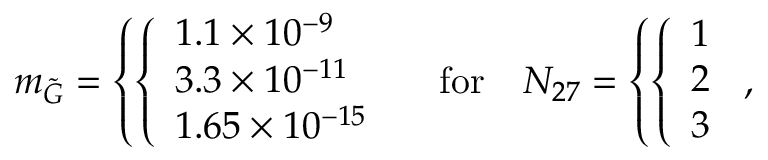
m _ { \tilde { G } } = \left\{ \left\{ \begin{array} { l l } { { 1 . 1 \times 1 0 ^ { - 9 } } } \\ { { 3 . 3 \times 1 0 ^ { - 1 1 } } } \\ { { 1 . 6 5 \times 1 0 ^ { - 1 5 } } } \end{array} \right. \right. \quad \mathrm { f o r } \quad N _ { 2 7 } = \left\{ \left\{ \begin{array} { l l } { { 1 } } \\ { { 2 } } \\ { { 3 } } \end{array} \right. \right. ,